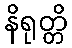
နိရုတ္တိ